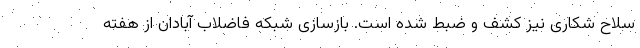
سلاح شکاری نیز کشف و ضبط شده است. بازسازی شبکه فاضلاب آبادان از هفته